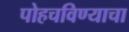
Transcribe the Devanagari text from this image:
पोहचविण्याचा